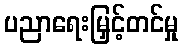
ပညာရေးမြှင့်တင်မှု